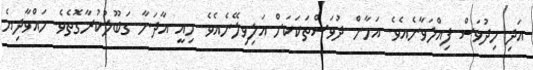
އަދި މިދުވަސް ފިއްލަވާނެއެވެ. އަމާން ދުވަސްތަކަކަށް އަލިވިލޭނެއެވެ. މިއީ އާދަނާ ގަބޫލުކުރާގޮތެވެ. ހައްވާދިޔެ